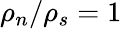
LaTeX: \rho_{n}/\rho_{s}=1